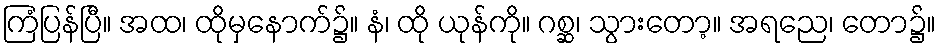
ကြံပြန်ပြီ။ အထ၊ ထိုမှနောက်၌။ နံ၊ ထို ယုန်ကို။ ဂစ္ဆ၊ သွားတော့။ အရညေ၊ တော၌။